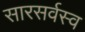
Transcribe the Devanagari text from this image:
सारसर्वस्व